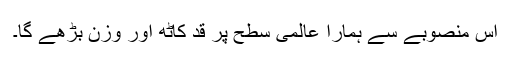
اس منصوبے سے ہمارا عالمی سطح پر قد کاٹھ اور وزن بڑھے گا۔